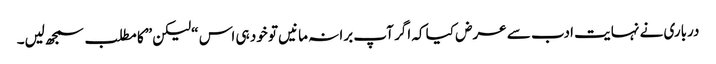
درباری نے نہایت ادب سے عرض کیا کہ اگر آپ برا نہ مانیں تو خود ہی اس “لیکن” کا مطلب سمجھ لیں۔